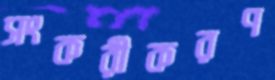
সংকরীকরণ